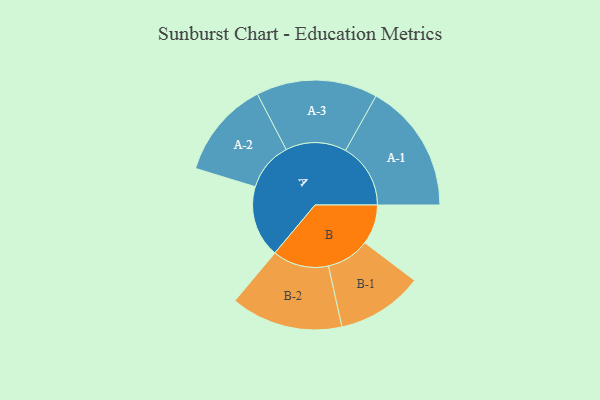
{"axis": {"x": "Segment", "y": "Value"}, "legend": ["", "A", "B"], "data": [{"x": "A", "y": 329, "type": ""}, {"x": "B", "y": 182, "type": ""}, {"x": "A-1", "y": 298, "type": "A"}, {"x": "A-2", "y": 223, "type": "A"}, {"x": "A-3", "y": 278, "type": "A"}, {"x": "B-1", "y": 198, "type": "B"}, {"x": "B-2", "y": 257, "type": "B"}]}